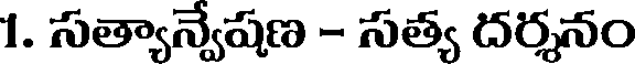
1. సత్యాన్వేషణ - సత్య దర్శనం